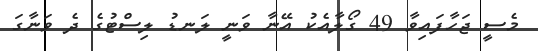
މެސީ ޖަހާފައިވާ 49 ގޯލާއެކު އޭނާ ވަނީ ލަނޑު ލިސްޓުގެ ދެ ވަނާގަ